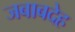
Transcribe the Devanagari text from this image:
जबाबदेह